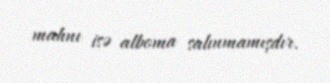
mahnı isə alboma salınmamışdır.